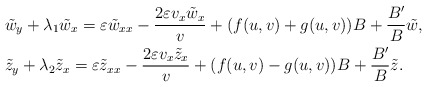
\begin{align*}&\tilde{w}_y+\lambda_1\tilde{w}_x=\varepsilon \tilde{w}_{xx}-\frac{2\varepsilon v_x\tilde{w}_x}{v}+(f(u,v)+g(u,v))B+\frac{B^\prime}{B}\tilde{w},\\&\tilde{z}_y+\lambda_2\tilde{z}_x=\varepsilon \tilde{z}_{xx}-\frac{2\varepsilon v_x\tilde{z}_x}{v}+(f(u,v)-g(u,v))B+\frac{B^\prime}{B}\tilde{z}.\end{align*}